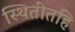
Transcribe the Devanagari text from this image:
स्थितींतहि